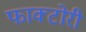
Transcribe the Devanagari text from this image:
फाक्टोरी